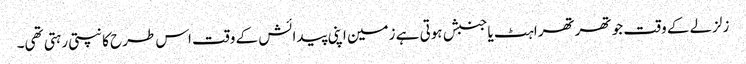
زلزلے کے وقت جو تھرتھراہٹ یاجنبش ہوتی ہے زمین اپنی پیدائش کے وقت اس طرح کانپتی رہتی تھی۔